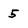
Character: 5